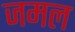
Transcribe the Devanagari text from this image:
जमल